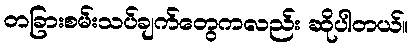
တခြားစမ်းသပ်ချက်တွေကလည်း ဆိုပါတယ်။